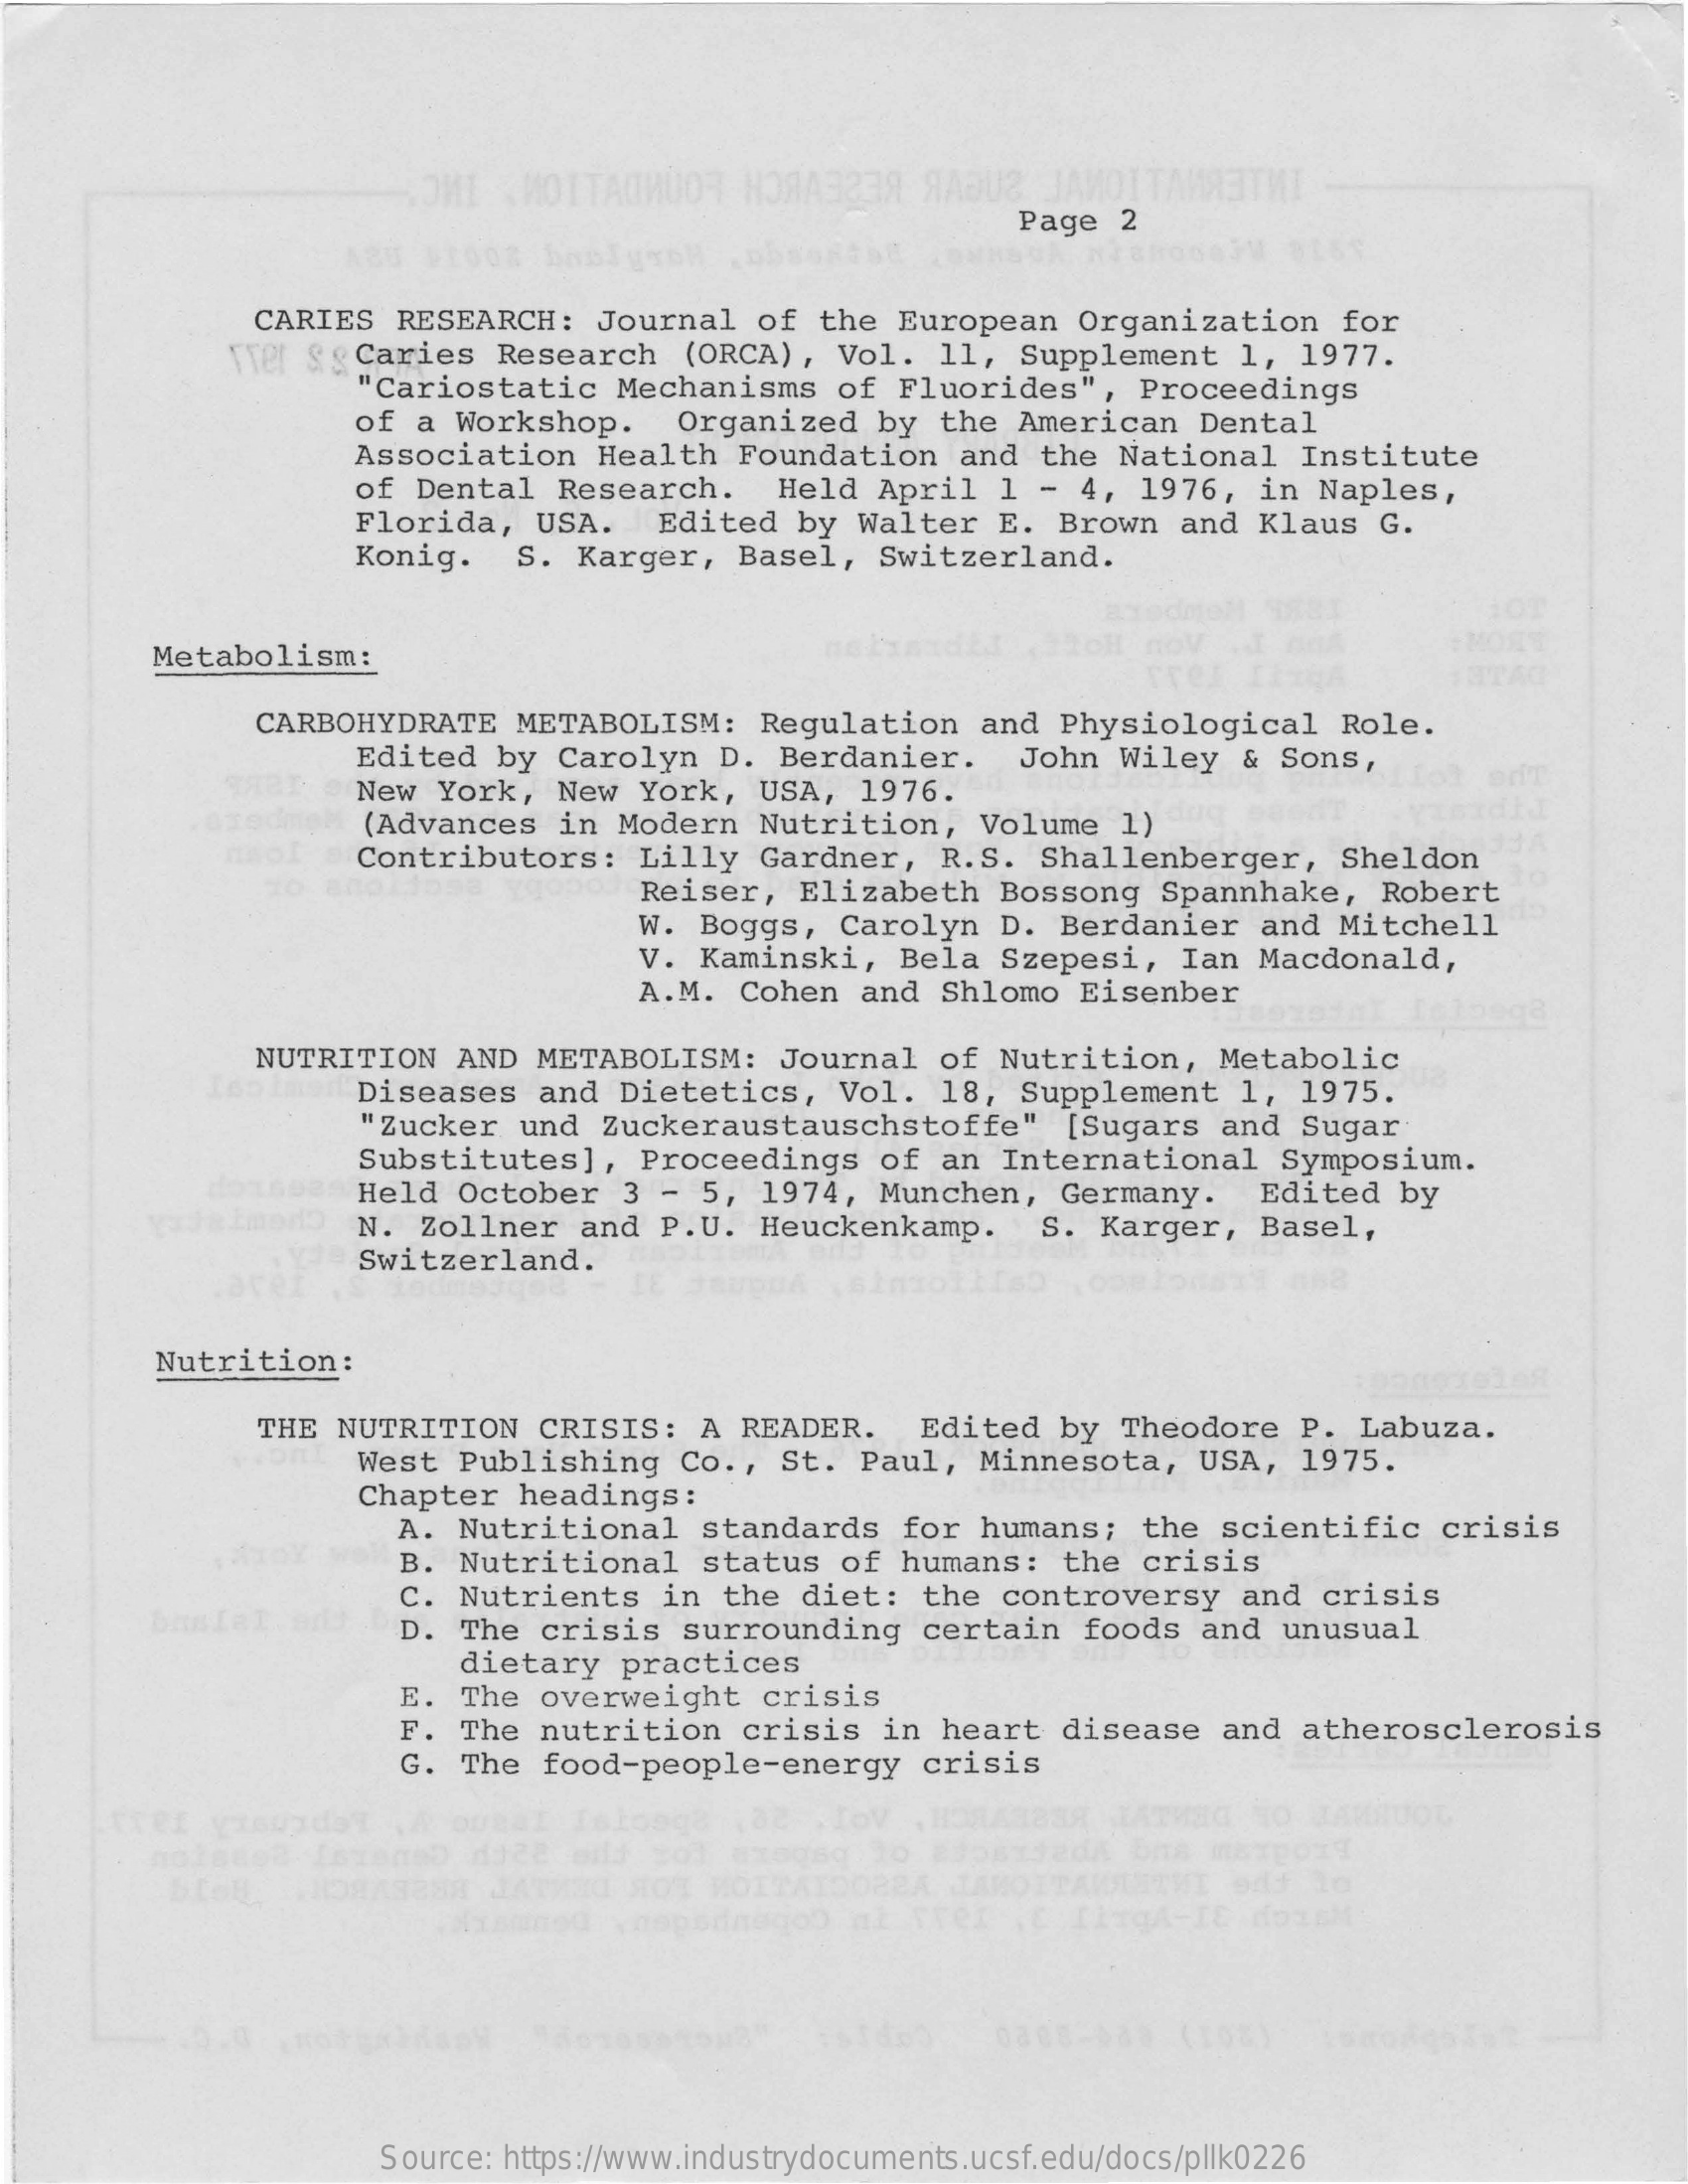
OMI   MOITAOMUOR    HORA9239    AABU3
     Page   2
     CARIES   RESEARCH:    Journal   of  the  European    Organization    for
     vrer &  Caries   Research    (ORCA),  Vol.   11,  Supplement    1,  1977.
     "Cariostatic    Mechanisms    of  Fluorides",    Proceedings
     of  a Workshop.    Organized    by  the  American   Dental
     Association    Health   Foundation    and  the  National    Institute
     of Dental    Research.
     Florida,   USA.
     Held   April   1 -  4,  1976,   in Naples,
     Edited   by  Walter   E. Brown   and  Klaus   G.
     Konig.    S.  Karger,   Basel,   Switzerland.
     Metabolism:
     CARBOHYDRATE    METABOLISM:    Regulation    and  Physiological    Role.
     Edited   by  Carolyn   D.  Berdanier.    John  Wiley   &  Sons,
     New  York,   New  York,   USA,  1976.
     (Advances    in Modern   Nutrition,    Volume   1)
     Contributors:    Lilly  Gardner,    R.S.  Shallenberger,    Sheldon
     Reiser,   Elizabeth    Bossong   Spannhake,    Robert
     W. Boggs,   Carolyn    D. Berdanier    and  Mitchell
     V. Kaminski,    Bela   Szepesi,   Ian  Macdonald,
     A.M.  Cohen   and  Shlomo   Eisenber
     NUTRITION    AND  METABOLISM:    Journal   of  Nutrition,    Metabolic
     Diseases   and   Dietetics,    Vol.  18,  Supplement    1,  1975.
     "Zucker   und  Zuckeraustauschstoffe"    [Sugars   and  Sugar
     Substitutes],    Proceedings    of  an  International    Symposium.
     modo
     Held  October    3 -  5,  1974,  Munchen,    Germany.    Edited   by
     N.  Zollner   and  P.U.   Heuckenkamp.    S.  Karger,   Basel,
     Switzerland.
     Nutrition:
     THE  NUTRITION   CRISIS:    A READER.    Edited  by   Theodore   P.  Labuza.
     West  Publishing    Co .,  St.  Paul,  Minnesota,    USA,   1975.
     Chapter   headings:
     A. Nutritional    standards    for  humans;   the  scientific    crisis
     B. Nutritional    status  of   humans:   the  crisis
     C. Nutrients    in  the  diet:   the  controversy    and  crisis
     D. The  crisis    surrounding    certain   foods   and  unusual
     dietary   practices
     E. The  overweight    crisis
     F. The  nutrition    crisis   in  heart   disease   and  atherosclerosis
     G. The   food-people-energy    crisis
     SA  TATMEG   NO  JAWAUOL
     ITAWUITHE
     maxpory
     Source: https://www.industrydocuments.ucsf.edu/docs/pllk0226